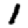
Digit: 1